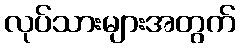
လုပ်သားများအတွက်